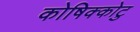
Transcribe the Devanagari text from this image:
कोषिक्कोटु